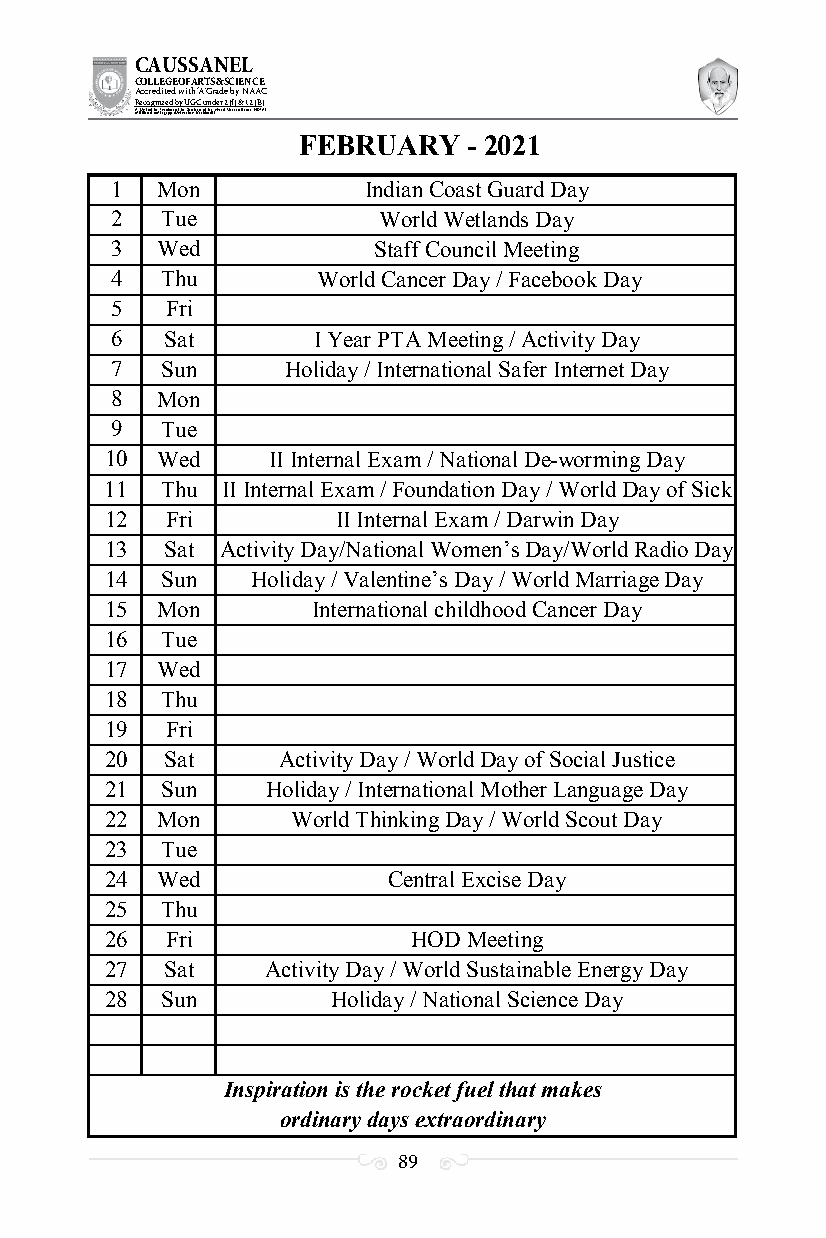
CAUSSANEL
 COLLEGE OF ARTS & SCIENCE
 Accredited with ‘A’ Grade by NAAC
 Recognized by UGC under 2 (f) & 12 (B)
 ((AA fUfilniaitt eodf ttoh eA Ilnasgtaitpuptae oUfn tihvee rBsirtoy,t hKerasr aoifk uthdei )S acred Heart of Jesus, INDIA)
 FEBRUARY   - 2021
 1  Mon           Indian Coast Guard Day
 2   Tue           World Wetlands Day
 3  Wed            Staff Council Meeting
 4   Thu       World Cancer Day / Facebook Day
 5   Fri
 6   Sat       I Year PTA Meeting / Activity Day
 7   Sun     Holiday / International Safer Internet Day
 8  Mon
 9   Tue
 10 Wed     II Internal Exam / National De-worming Day
 11  Thu II Internal Exam / Foundation Day / World Day of Sick
 12  Fri        II Internal Exam / Darwin Day
 13  Sat Activity Day/National Women’s Day/World Radio Day
 14  Sun   Holiday / Valentine’s Day / World Marriage Day
 15 Mon        International childhood Cancer Day
 16  Tue
 17 Wed
 18  Thu
 19  Fri
 20  Sat    Activity Day / World Day of Social Justice
 21  Sun    Holiday / International Mother Language Day
 22 Mon      World Thinking Day / World Scout Day
 23  Tue
 24 Wed             Central Excise Day
 25  Thu
 26  Fri             HOD Meeting
 27  Sat    Activity Day / World Sustainable Energy Day
 28  Sun        Holiday / National Science Day
 Inspiration is the rocket fuel that makes
 ordinary days extraordinary
 89